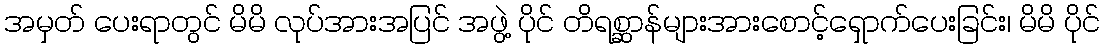
အမှတ် ပေးရာတွင် မိမိ လုပ်အားအပြင် အဖွဲ့ ပိုင် တိရစ္ဆာန်များအားစောင့်ရှောက်ပေးခြင်း၊ မိမိ ပိုင်